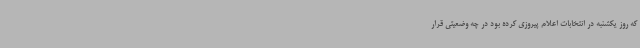
که روز یکشنبه در انتخابات اعلام پیروزی کرده بود در چه وضعیتی قرار